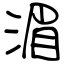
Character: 湄